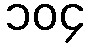
၁၀၄